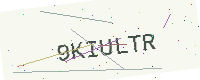
Text: 9KIULTR